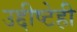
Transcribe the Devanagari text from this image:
उद्दीष्टेही